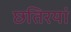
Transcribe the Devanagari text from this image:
छतिरयां